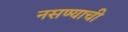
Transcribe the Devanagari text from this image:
नसण्याची